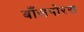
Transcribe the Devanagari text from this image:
बाँसपोरस